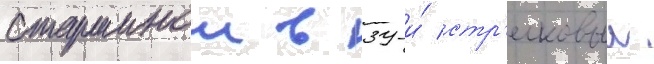
старшинои в 39-и́ стр'елковыи